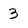
Character: 3